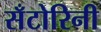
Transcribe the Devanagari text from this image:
सँटोरिनी